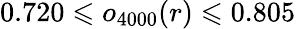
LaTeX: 0.720\leqslant o_{4000}(r)\leqslant 0.805